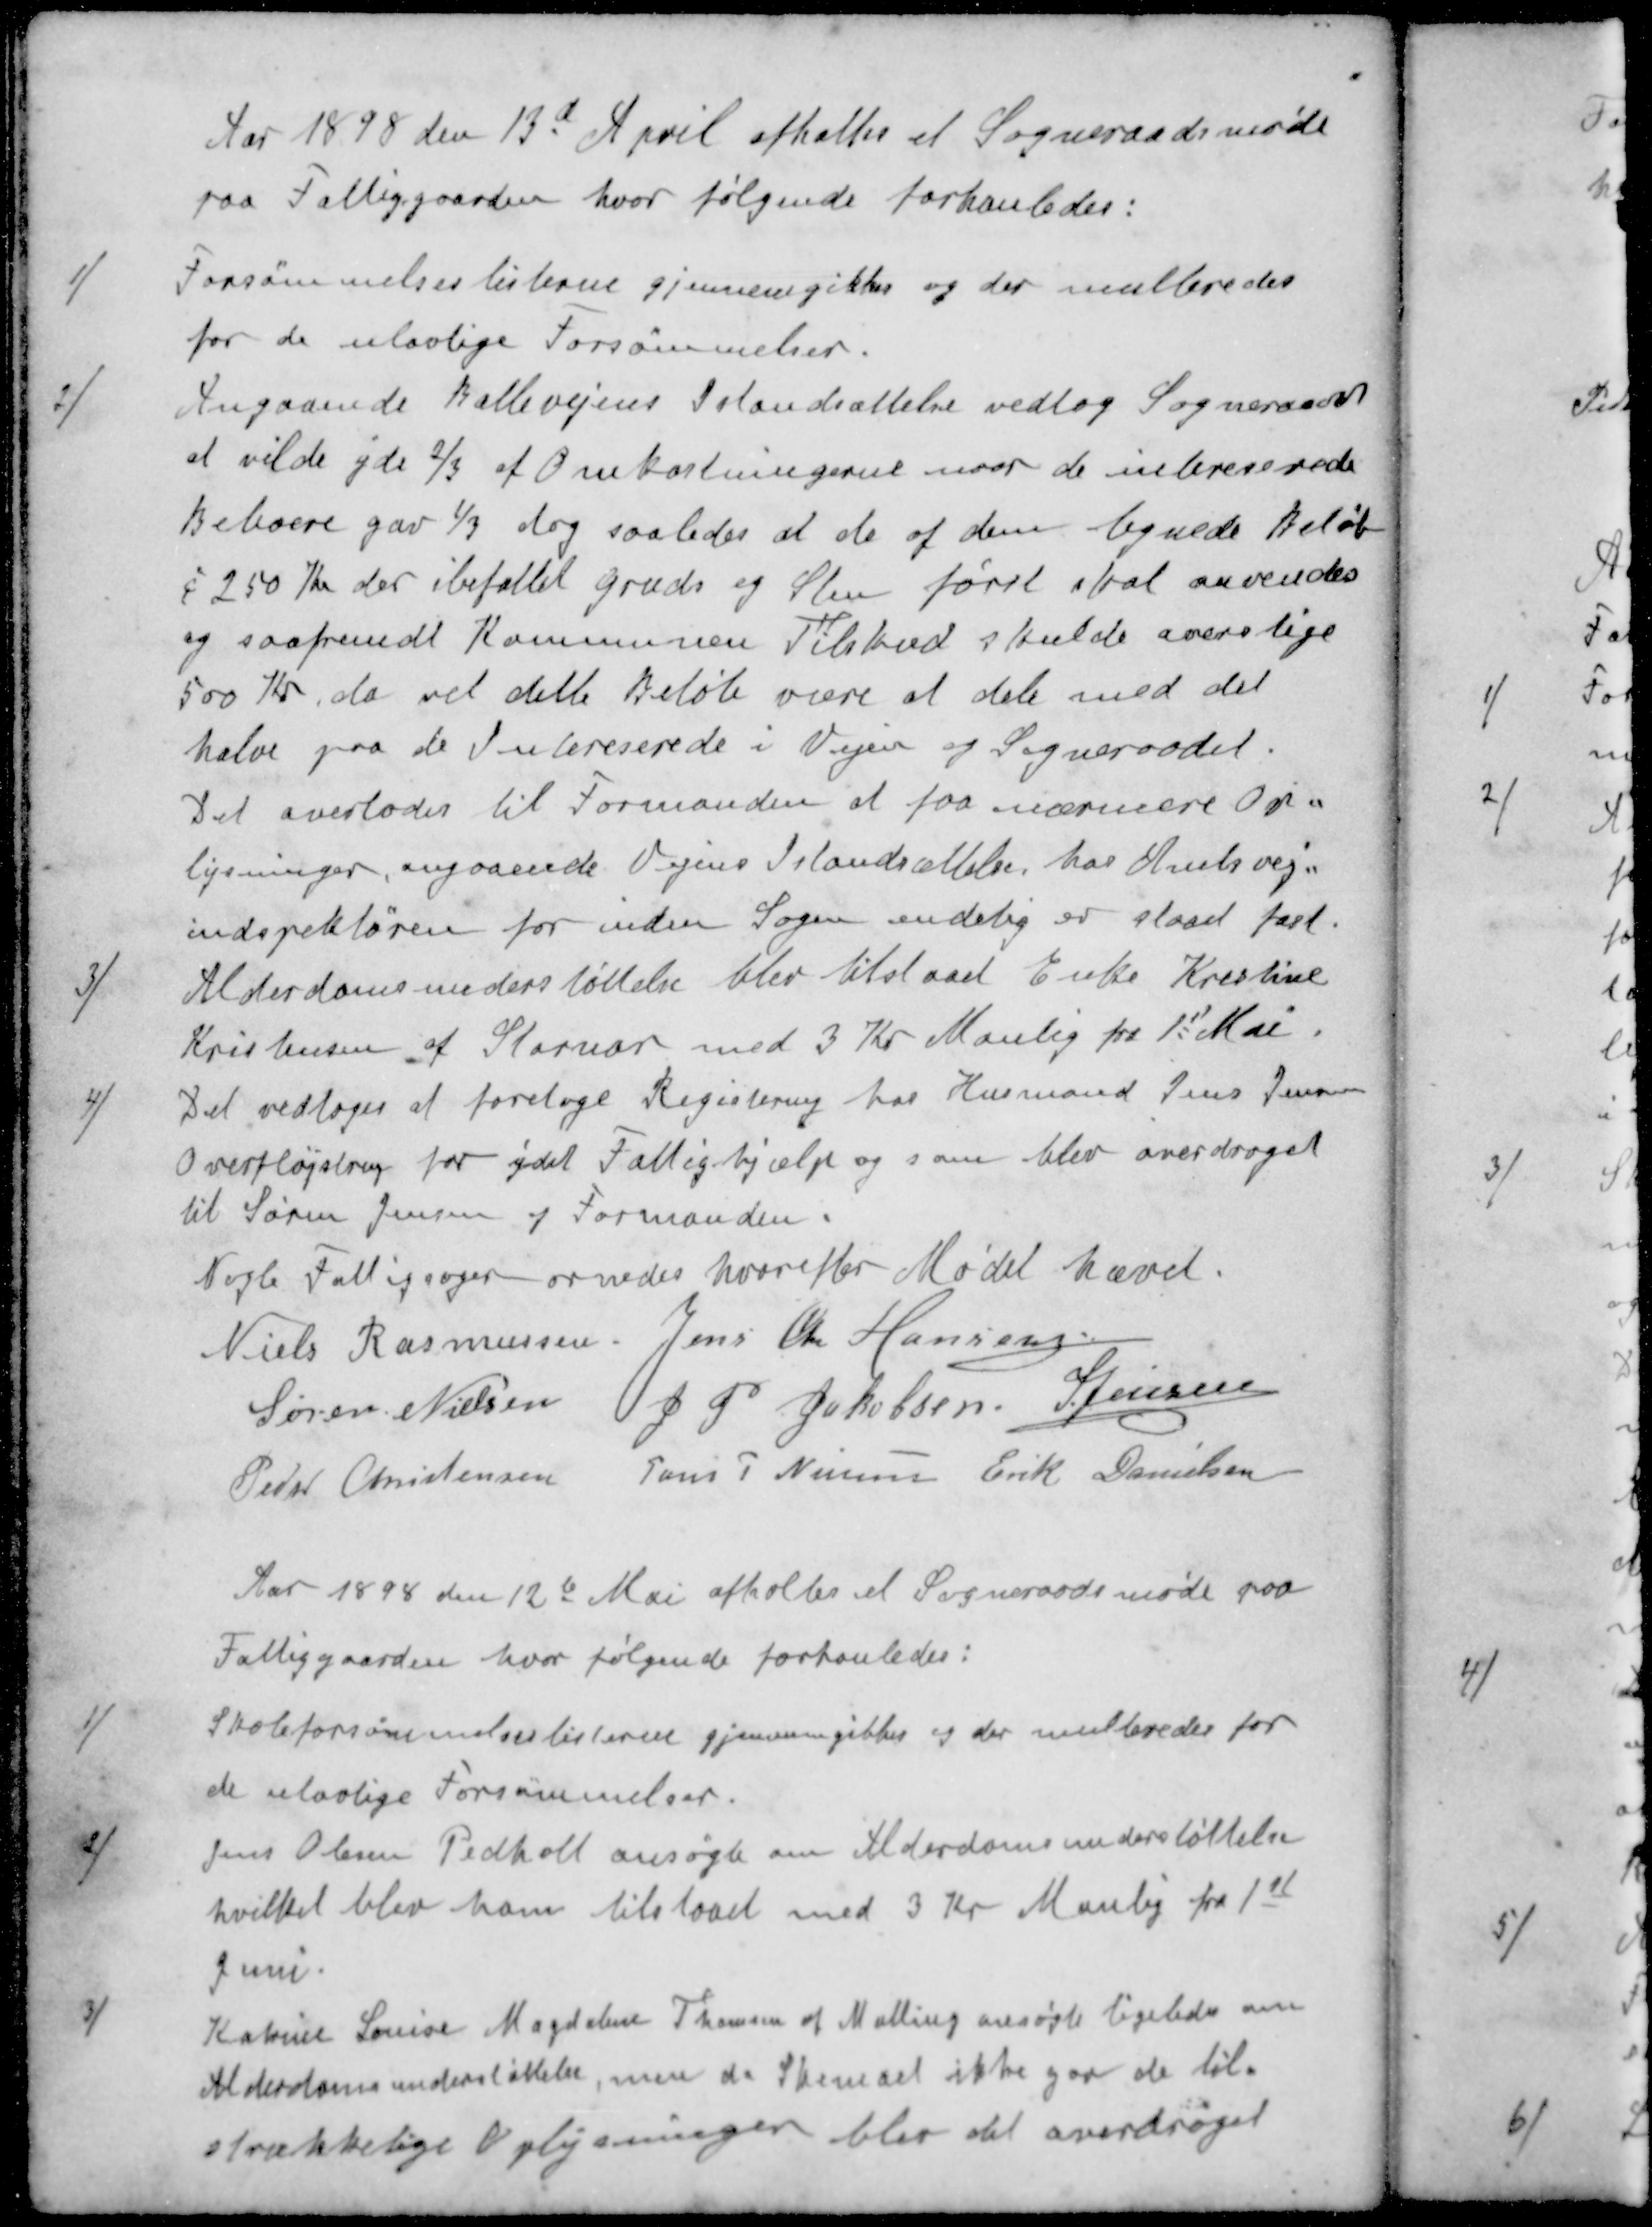
Transskription:
Aar 1898 den 13d April afholtes et Sogneraadsmøde
paa Fattiggaarden hvor følgende forhanledes:
1 ) Forsømmelseslisterne gjennemgikkes og der multeredes
for de ulovlige Forsømmelser.
2 ) Angaaende Ballevejens Istandsættelse vedtog Sogneraadet
at vilde yde 2/3 af Omkostningerne naar de intereserede
Beboere gav 1/3 dog saaledes at de af dem tegnede Beløb
a 250 Kr der ibefattet Gruds og Sten først ital anvendes
og saafremdt Kommunen Tilskud skulde overstige
500 Kr, da vil dette Beløb være at dele med det
halve paa de Intereserede i Vejen og Sogneraadet.
Det overlodes til Formanden at faa nærmere Op-
lysninger, angaaende Vejens Istandsættelse hos Amtsvej-
indspektøren for inden Sagen endelig er slaaet fast.
3 ) Alderdomsunderstøttelse blev tilstaaet Enke Krestine
Kristensen af Stornor med 3 Kr Manlig fra 1st Mai.
4 )Det vedtoges at foretage Registering hos Husmand Jens Jensen
Overfløjstrup for ydet Fattighjælp og som blev overdroget
til Søren Jensen og Formanden.
Nogle Fattigsager ornedes hvorefter Mødet hævet.
Niels Rasmussen
Jens Chr Hansen
Søren Nielsen
J. P. Jakobsen
S Jensen
Peder Christensen
Jens P Nielsen
Erik Danielsen
Aar 1898 den 12te Mai afholtes et Sogneraadsmøde paa
Fattiggaarden hvor følgende forhanledes:
1 / Skoleforsømmelseslisterne gjennemgikkes og der multeredes for
de ulovlige Forsømmelser.
2 / Jens Olesen Pedholt ansøgte om Alderdomsunderstøttelse
hvilket blev ham tilstaaet med 3 Kr Manlig fra 1st
Juni.
3 / Katrine Louise Magdalene Thomsen af Malling ansøgte ligeledes om
Alderdomsunderstøttelse, men da Skemaet ikke gav de til-
strækkelige Oplysninger blev det overdraget